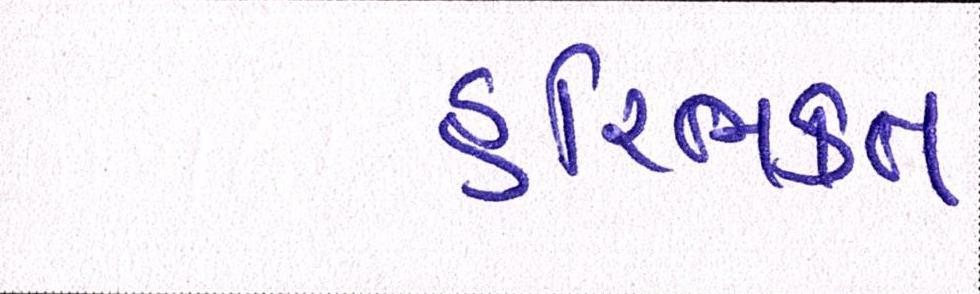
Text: હરિભકત